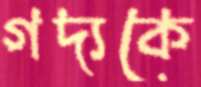
গদ্যকে